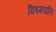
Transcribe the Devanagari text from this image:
विषमपालि